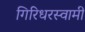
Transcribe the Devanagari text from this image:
गिरिधरस्वामी